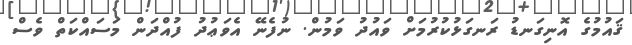
ޤައުމުގެ އޮނިގަނޑު ރަނގަޅުކުރުމަށް ވައުދު ވަމުން. ނުފެނޭ އެވަޢުދު ފުއްދަން މަސައްކަތް ވެސް